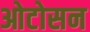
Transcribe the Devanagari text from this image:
ओटोसन